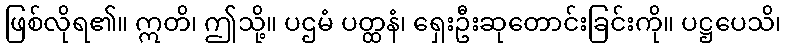
ဖြစ်လိုရ၏။ ဣတိ၊ ဤသို့။ ပဌမံ ပတ္ထနံ၊ ရှေးဦးဆုတောင်းခြင်းကို။ ပဋ္ဌပေသိ၊